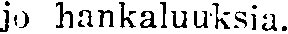
jo hankaluuksia.